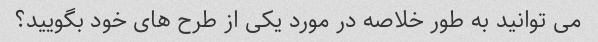
می توانید به طور خلاصه در مورد یکی از طرح های خود بگویید؟